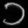
Digit: ၁